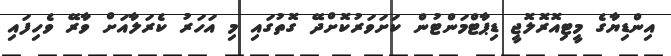
އިންޑިޔާގެ މީޓިއޮރޮލޮޖީ ޑިޕާޓްމަންޓުން ކަށަވަރުކޮށްދޭ ގޮތުގައި މި އަހަރު ކެރަލާއަށް ވާރޭ ވެހިފައި